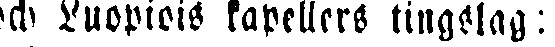
och Kuopiois kapellers tingslag: